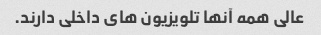
عالی همه آنها تلویزیون های داخلی دارند.